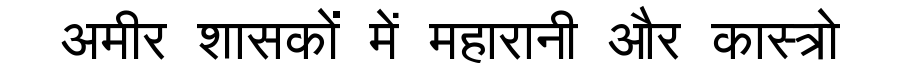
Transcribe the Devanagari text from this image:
अमीर शासकों में महारानी और कास्त्रो